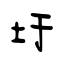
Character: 圩